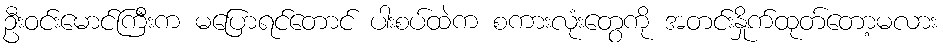
ဦးဝင်းမောင်ကြီးက မပြောရင်တောင် ပါးစပ်ထဲက စကားလုံးတွေကို အတင်းနှိုက်ထုတ်တော့မလား